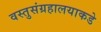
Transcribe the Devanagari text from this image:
वस्तुसंग्रहालयाकडे